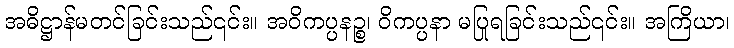
အဓိဋ္ဌာန်မတင်ခြင်းသည်၎င်း။ အဝိကပ္ပနဉ္စ၊ ဝိကပ္ပနာ မပြုရခြင်းသည်၎င်း။ အကြိယာ၊